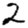
Digit: 2